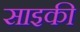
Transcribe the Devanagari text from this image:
साइकी